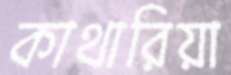
কাথারিয়া